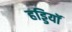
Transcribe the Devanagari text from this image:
हड्डियॉ